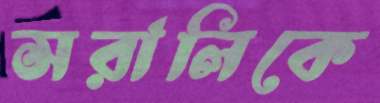
সরালিকে